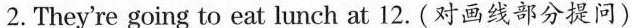
2.They're going to eat lunch \underline{at 12}.(对画线部分提问)